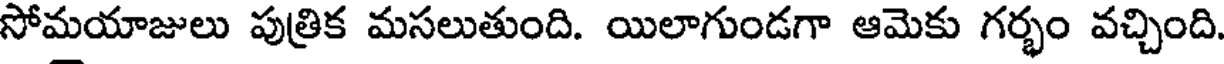
సోమయాజులు పుత్రిక మసలుతుంది. యిలాగుండగా ఆమెకు గర్భం వచ్చింది.